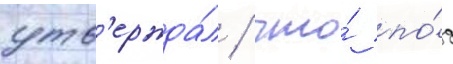
утв'ержда́л / что́ по́д